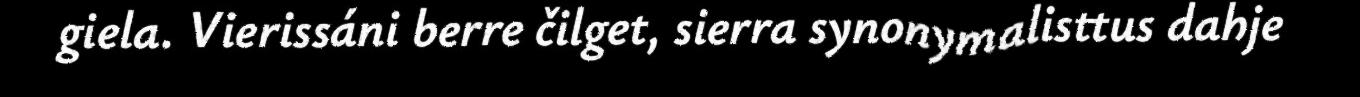
giela. Vierissáni berre čilget, sierra synonymalisttus dahje